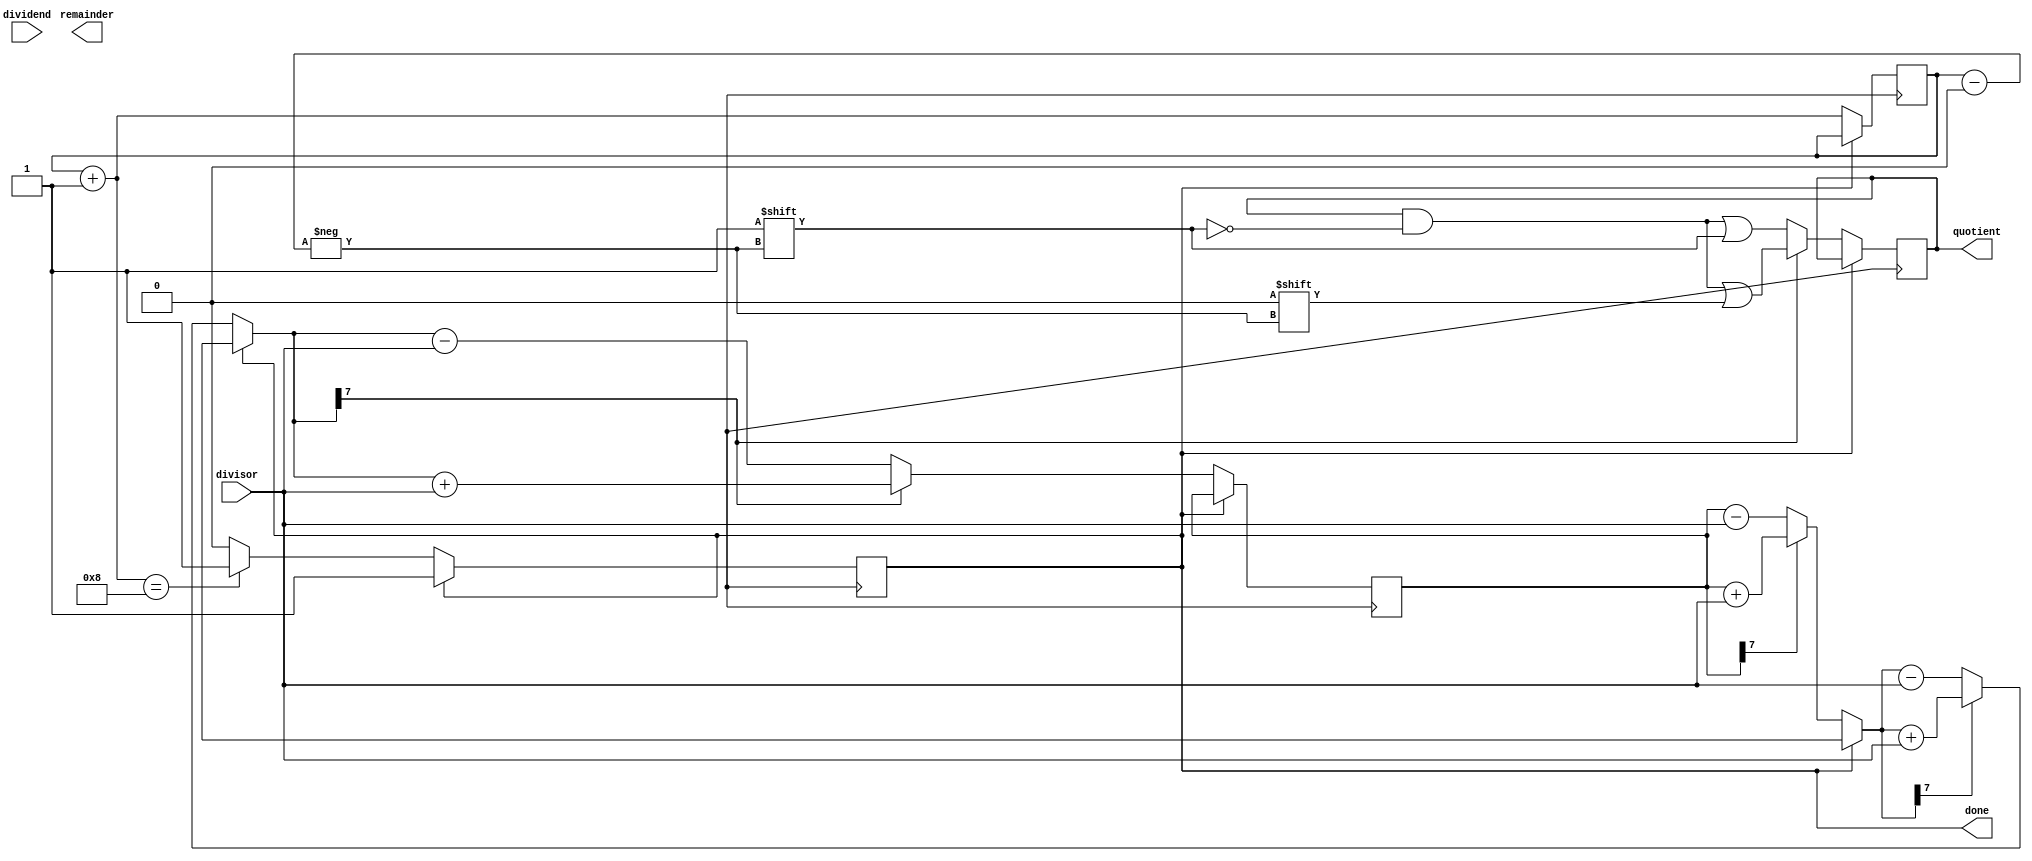
module NonRestoringDivider (
    input wire [7:0] dividend,
    input wire [3:0] divisor,
    output reg [7:0] quotient,
    output reg [7:0] remainder,
    output reg done
);

reg [7:0] accumulator;
reg [3:0] count;
reg carry;

always @ (posedge clk) begin
    if (!done) begin
        if (accumulator[7]) begin
            accumulator = accumulator + divisor;
            carry = 1;
        end else begin
            accumulator = accumulator - divisor;
            carry = 0;
        end
        if (accumulator[7]) begin
            accumulator = accumulator + divisor;
            carry = 1;
        end else begin
            accumulator = accumulator - divisor;
            carry = 0;
        end
        if (accumulator[7]) begin
            quotient[count] = 0;
            accumulator = accumulator + divisor;
            carry = 1;
        end else begin
            quotient[count] = 1;
            accumulator = accumulator - divisor;
            carry = 0;
        end
        count = count + 1;
        if (count == 8) begin
            done = 1;
        end
    end
end

endmodule